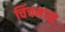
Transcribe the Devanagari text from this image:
चिंचमाळ